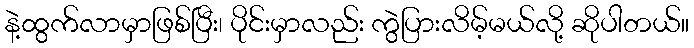
နဲ့ထွက်လာမှာဖြစ်ပြီး၊ ပိုင်းမှာလည်း ကွဲပြားလိမ့်မယ်လို့ ဆိုပါတယ်။